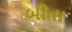
બીતા